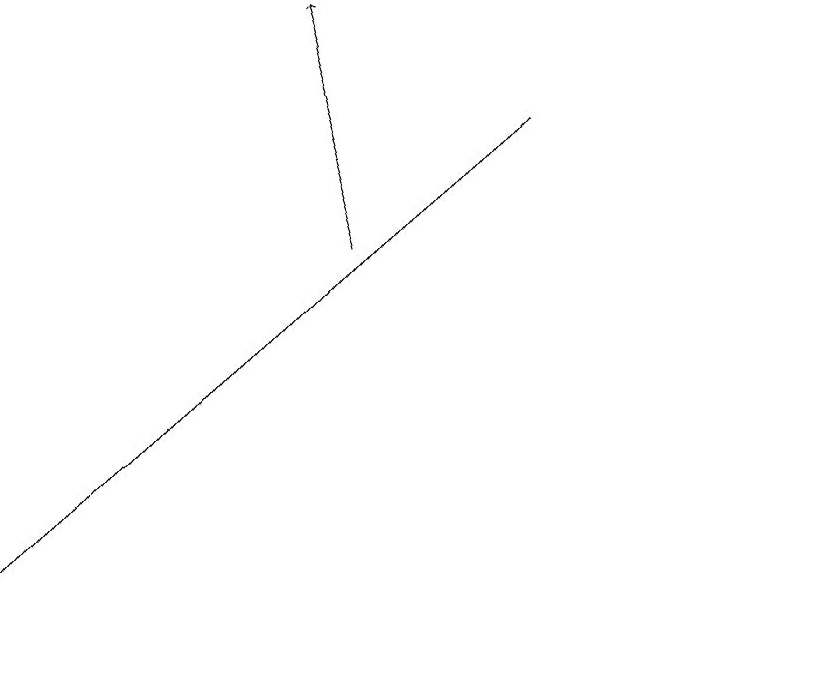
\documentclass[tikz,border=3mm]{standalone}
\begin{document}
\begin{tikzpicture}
\draw[->] (6,18) -- (0,11);
\draw (10,12) circle (0);
\draw[->] (4,16) -- (3,19);
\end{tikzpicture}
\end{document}